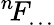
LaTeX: ^{n\! }F_{\dots}